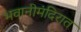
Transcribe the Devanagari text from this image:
भवानीमंदिरात